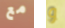
مع و